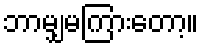
ဘာမျှမကြားတော့။